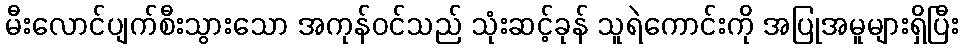
မီးလောင်ပျက်စီးသွားသော အကုန်ဝင်သည် သုံးဆင့်ခုန် သူရဲကောင်းကို အပြုအမူများရှိပြီး